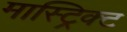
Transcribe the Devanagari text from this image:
मास्ट्रिक्ट